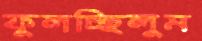
ফুলচ্ছিলুম